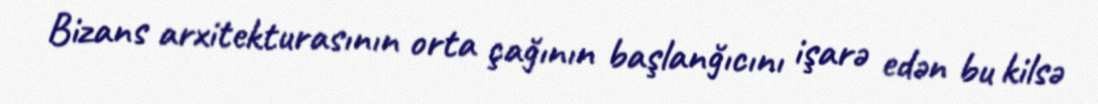
Bizans arxitekturasının orta çağının başlanğıcını işarə edən bu kilsə